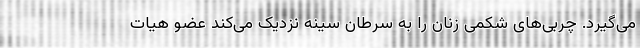
می‌گیرد. چربی‌های شکمی زنان را به سرطان سینه نزدیک می‌کند عضو هیات